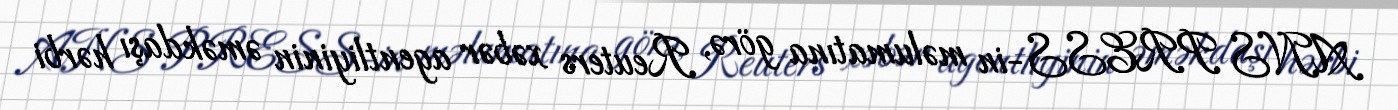
ANS PRESS-in məlumatına görə, Reuters xəbər agentliyinin əməkdaşı hərbi